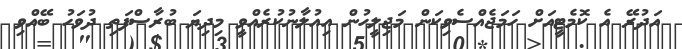
އަދުރޭ އެ ކޮމެޓީއަށް ހަމަޖެއްސެވިކަން މަޖިލީހުން އިއުލާނުކުރެއްވީ މިދިޔަ ބުރާސްފަތި ދުވަހު ބޭއްވި